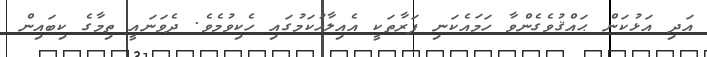
އަދި އަޅުކަން ޙައްޤުވެގެންވާ ހަމައެކަނި ފަރާތަކީ އެއިލާހުކަމުގައި ހެކިވުމެވެ. ދެވަނައީ ތިމާގެ ކިބައިން